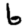
Digit: 6